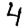
Digit: 4